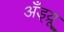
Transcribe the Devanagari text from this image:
अँड्य्रू